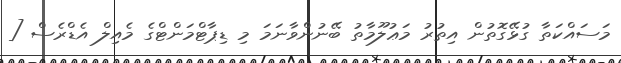
މަސައްކަތާ ގުޅޭގޮތުން އިތުރު މަޢުލޫމާތު ބޭނުންވާނަމަ މި ޑިޕާޓްމަންޓްގެ މެއިލް އެޑްރެސް [